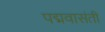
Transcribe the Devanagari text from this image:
पद्मवासंती